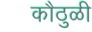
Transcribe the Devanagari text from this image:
कौठुळी